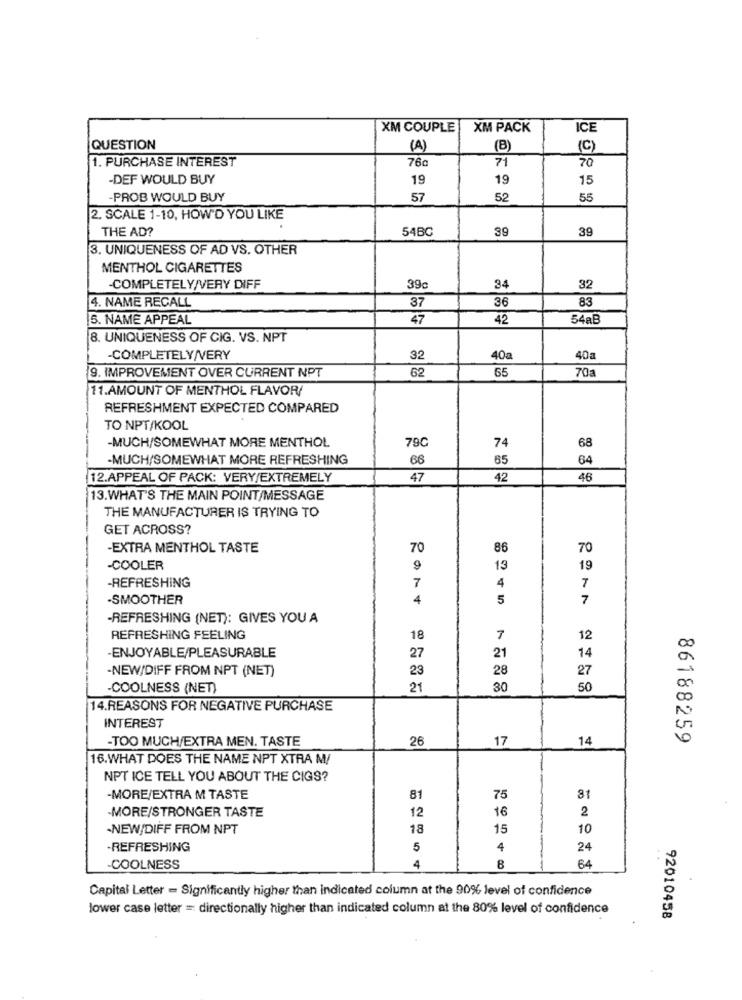
XM COUPLE
XM PACK
ICE
QUESTION
(A)
(B)
(C)
1. PURCHASE INTEREST
71
76c
70
-DEF WOULD BUY
19
19
15
-PROB WOULD BUY
57
52
55
2. SCALE 1-10, HOW'D YOU LIKE
THE AD?
54BC
39
39
3. UNIQUENESS OF AD VS. OTHER
MENTHOL CIGARETTES
-COMPLETELY/VERY DIFF
39c
34
32
37
83
4. NAME RECALL
36
5. NAME APPEAL
47
42
54aB
8. UNIQUENESS OF CIG. VS. NPT
-COMPLETELY/VERY
32
40a
40a
9. IMPROVEMENT OVER CURRENT NPT
62
65
70a
11.AMOUNT OF MENTHOL FLAVOR/
REFRESHMENT EXPECTED COMPARED
TO NPT/KOOL
74
-MUCH/SOMEWHAT MORE MENTHOL
79C
68
-MUCH/SOMEWHAT MORE REFRESHING
66
65
64
12.APPEAL OF PACK: VERY/EXTREMELY
47
42
46
13.WHAT'S THE MAIN POINT/MESSAGE
THE MANUFACTURER IS TRYING TO
GET ACROSS?
-EXTRA MENTHOL TASTE
70
86
70
-COOLER
9
13
19
4
7
-REFRESHING
7
-SMOOTHER
4
5
7
-REFRESHING (NET): GIVES YOU A
REFRESHING FEELING
18
7
12
-ENJOYABLE/PLEASURABLE
27
21
14
-NEW/DIFF FROM NPT (NET)
23
28
27
-COOLNESS (NET)
21
30
50
14.REASONS FOR NEGATIVE PURCHASE
INTEREST
-TOO MUCH/EXTRA MEN. TASTE
26
17
14
86188259
16.WHAT DOES THE NAME NPT XTRA M/
NPT ICE TELL YOU ABOUT THE CIGS?
-MORE/EXTRA M TASTE
81
75
MORE/STRONGER TASTE
16
12
2
.NEW/DIFF FROM NPT
18
15
10
-REFRESHING
5
4
24
COOLNESS
4
8
64
Capital Letter = Significantly higher than indicated column at the 90% level of confidence
lower case letter = directionally higher than indicated column at the 80% level of confidence
92010458